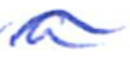
Text: a
Cross-out: wave
Writing tool: ballpoint